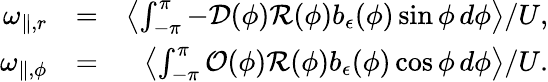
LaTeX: \begin{array}{rlr}{\omega_{\parallel,r}}&{=}&{\left\langle\int_{-\pi}^{\pi}-\mathcal{D}(\phi)\mathcal{R}(\phi)b_{\epsilon}(\phi)\sin\phi\, d\phi\right\rangle/U,}\\ {\omega_{\parallel,\phi}}&{=}&{\left\langle\int_{-\pi}^{\pi}\mathcal{O}(\phi)\mathcal{R}(\phi)b_{\epsilon}(\phi)\cos\phi\, d\phi\right\rangle/U.}\end{array}